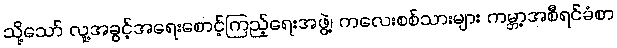
သို့သော် လူ့အခွင့်အရေးစောင့်ကြည့်ရေးအဖွဲ့၊ ကလေးစစ်သားများ ကမ္ဘာ့အစီရင်ခံစာ